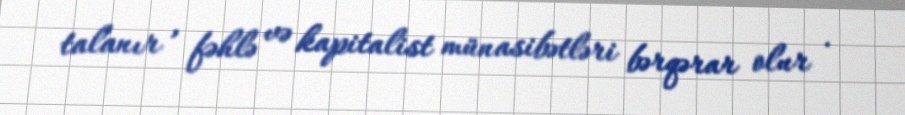
talanır , fəhlə və kapitalist münasibətləri bərqərar olur .